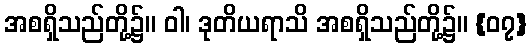
အစရှိသည်တို့၌။ ဝါ၊ ဒုတိယရာသိ အစရှိသည်တို့၌။ {၀၇}